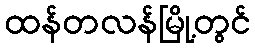
ထန်တလန်မြို့တွင်